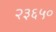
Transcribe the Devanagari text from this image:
२३६५०